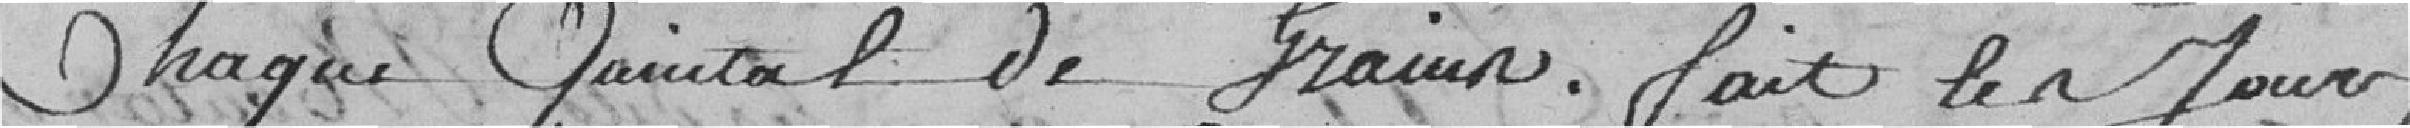
chaque quintal de grain. fait les jour,